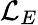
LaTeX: \mathcal{L}_{E}